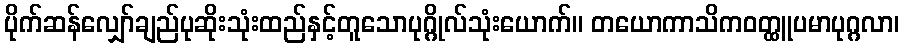
ပိုက်ဆန်လျှော်ချည်ပုဆိုးသုံးထည်နှင့်တူသောပုဂ္ဂိုလ်သုံးယောက်။ တယောကာသိကဝတ္ထူပမာပုဂ္ဂလာ၊